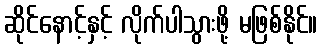
ဆိုင်နောင့်နှင့် လိုက်ပါသွားဖို့ မဖြစ်နိုင်။